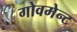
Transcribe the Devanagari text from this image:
गोवमेन्ट